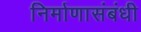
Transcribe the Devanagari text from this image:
निर्माणासंबंधी